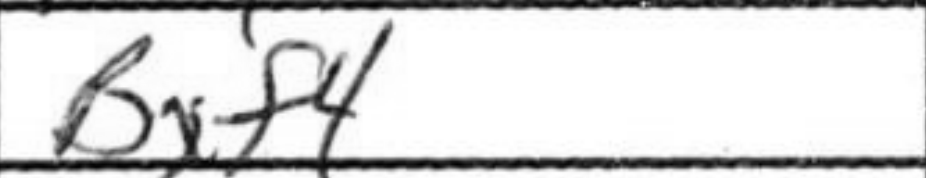
Transcription: Bxf4